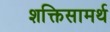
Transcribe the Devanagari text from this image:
शक्तिसामर्थ